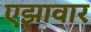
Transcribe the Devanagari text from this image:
एझावार